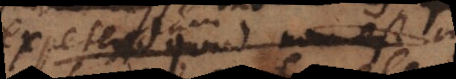
expetere quod non est